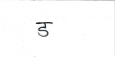
मजकूर: ड